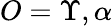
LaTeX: O=\Upsilon,\alpha